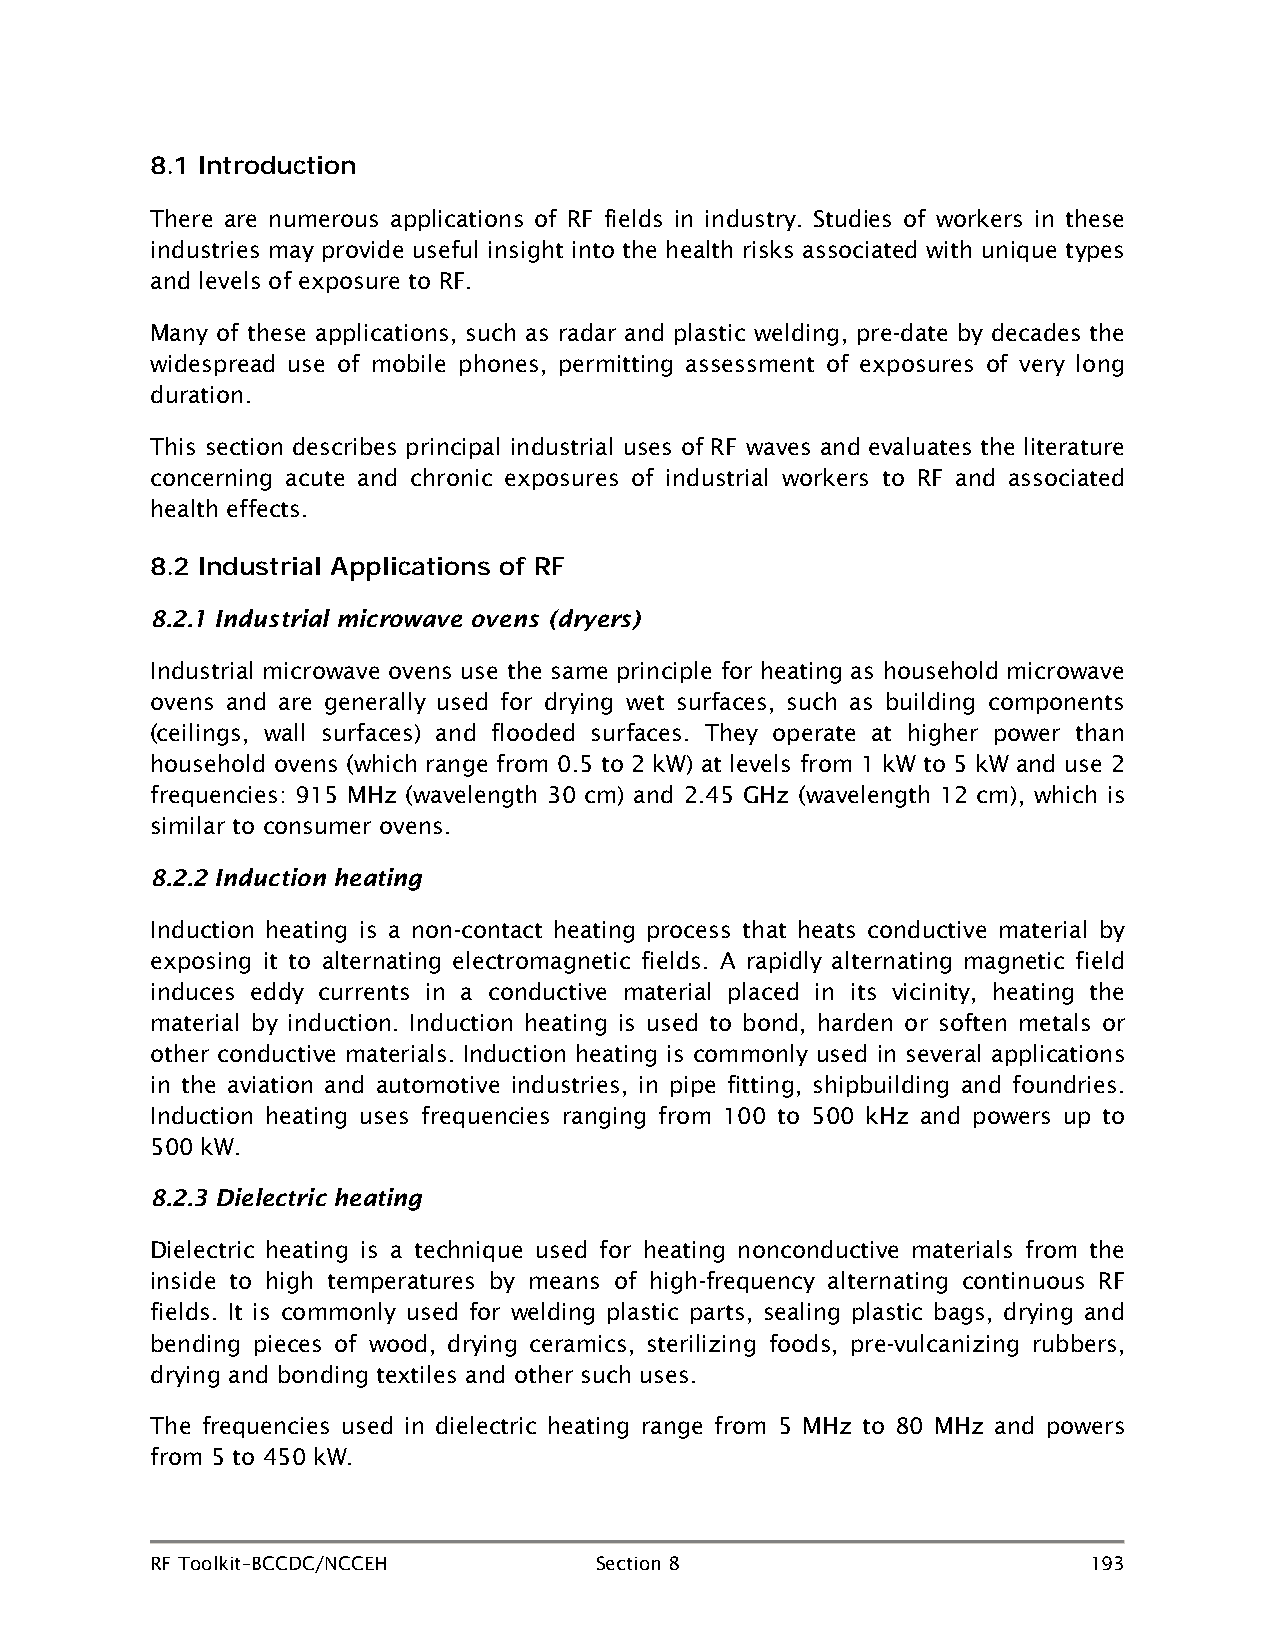
8.1 Introduction
 There are numerous applications of RF fields in industry. Studies of workers in these
 industries may provide useful insight into the health risks associated with unique types
 and levels of exposure to RF.
 Many of these applications, such as radar and plastic welding, pre-date by decades the
 widespread use of mobile phones, permitting assessment of exposures of very long
 duration.
 This section describes principal industrial uses of RF waves and evaluates the literature
 concerning acute and chronic exposures of industrial workers to RF and associated
 health effects.
 8.2 Industrial Applications of RF
 8.2.1 Industrial microwave ovens (dryers)
 Industrial microwave ovens use the same principle for heating as household microwave
 ovens and are generally used for drying wet surfaces, such as building components
 (ceilings, wall surfaces) and flooded surfaces. They operate at higher power than
 household ovens (which range from 0.5 to 2 kW) at levels from 1 kW to 5 kW and use 2
 frequencies: 915 MHz (wavelength 30 cm) and 2.45 GHz (wavelength 12 cm), which is
 similar to consumer ovens.
 8.2.2 Induction heating
 Induction heating is a non-contact heating process that heats conductive material by
 exposing it to alternating electromagnetic fields. A rapidly alternating magnetic field
 induces eddy currents in a conductive material placed in its vicinity, heating the
 material by induction. Induction heating is used to bond, harden or soften metals or
 other conductive materials. Induction heating is commonly used in several applications
 in the aviation and automotive industries, in pipe fitting, shipbuilding and foundries.
 Induction heating uses frequencies ranging from 100 to 500 kHz and powers up to
 500 kW.
 8.2.3 Dielectric heating
 Dielectric heating is a technique used for heating nonconductive materials from the
 inside to high temperatures by means of high-frequency alternating continuous RF
 fields. It is commonly used for welding plastic parts, sealing plastic bags, drying and
 bending pieces of wood, drying ceramics, sterilizing foods, pre-vulcanizing rubbers,
 drying and bonding textiles and other such uses.
 The frequencies used in dielectric heating range from 5 MHz to 80 MHz and powers
 from 5 to 450 kW.
 RF Toolkit–BCCDC/NCCEH       Section 8                        193